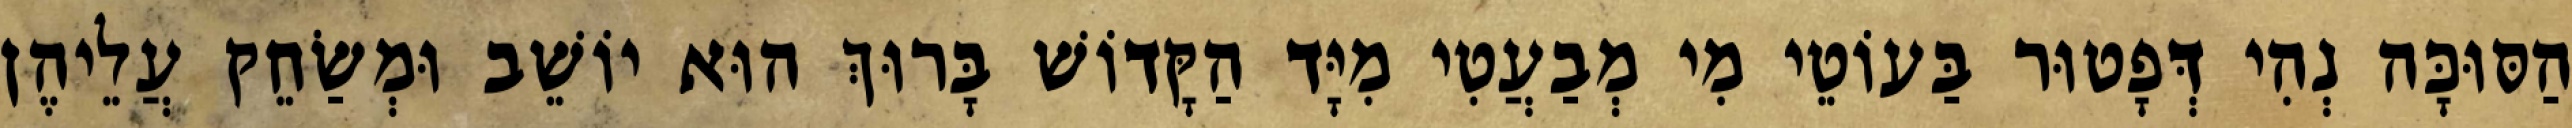
הַסּוּכָּה נְהִי דְּפָטוּר בַּעוֹטֵי מִי מְבַעֲטִי מִיָּד הַקָּדוֹשׁ בָּרוּךְ הוּא יוֹשֵׁב וּמְשַׂחֵק עֲלֵיהֶן